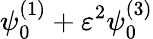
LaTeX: \psi_{0}^{(1)}+\varepsilon^{2}\psi_{0}^{(3)}